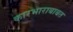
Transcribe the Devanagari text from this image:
कारभाराबाबत